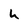
Character: u